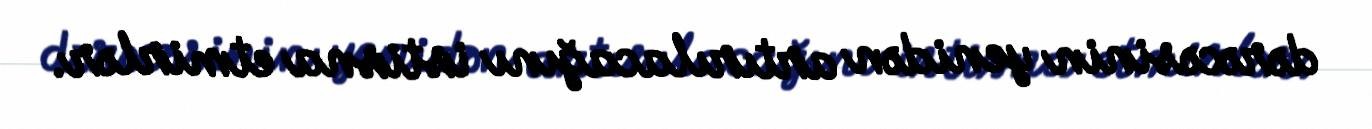
dərəcəsinin yenidən artırılacağını istisna etmirlər.